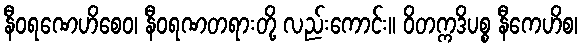
နီဝရဏေဟိစေဝ၊ နီဝရဏတရားတို့ လည်းကောင်း။ ဝိတက္ကဒိပစ္စ နီကေဟိစ၊